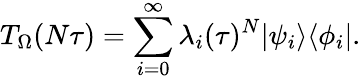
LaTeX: T_{\Omega}(N\tau)=\sum_{i=0}^{\infty}\lambda_{i}(\tau)^{N}|\psi_{i}\rangle\langle\phi_{i}|.